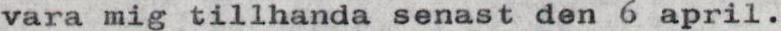
vara mig tillhanda senast den 6 april.